Lunatic asylums Central Provinces reports 1895-1909 - 1895-1909
Year: 1895
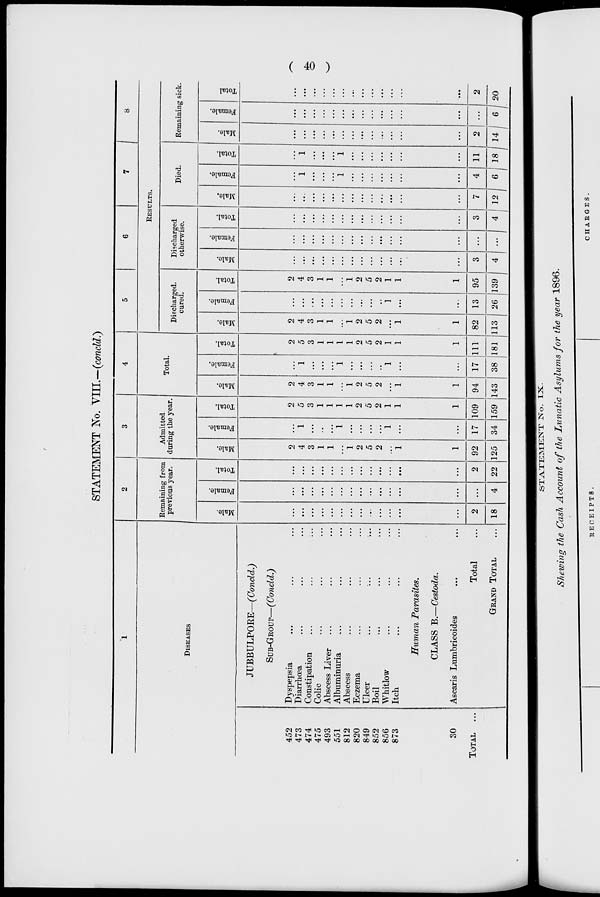
( 40 )
STATEMENT No. VIII.— (concld.)
1
DISEASES
452
473
474
475
493
551
812
820
849
852
856
873
30
TOTAL
...
JUBBULPORE—(Concld.)
SUB-GROUP—(Concld.)
Dyspepsia ... ... ...
Diarrhœa ... ... ...
Constipation
...
...
...
Colic ... ... ...
Abscess Liver ... ... ...
Albuminuria ... ... ...
Abscess ... ... ...
Eczema ... ... ...
Ulcer ... ...
Boil ... ... ...
Whitlow ... ... ...
Itch ... ... ...
Human
Parasites.
CLASS B.—Cestoda.
Ascaris Lumbricoides ... ...
Total ...
GRAND TOTAL ...
2
Remaining from
previous year.
Male.
...
...
...
...
...
...
...
...
...
...
...
...
...
...
2
18
Female.
...
...
...
...
...
...
...
...
...
...
...
...
...
...
...
4
Total.
...
...
...
...
...
...
...
...
...
...
...
...
...
...
2
22
3
Admitted
during the year.
Male.
2
4
3
1
1
...
1
2
5
2
...
1
...
1
92
125
Female.
...
1
...
...
...
1
...
...
...
...
1
...
...
...
17
34
Total.
2
5
3
1
1
1
1
2
5
2
1
1
...
1
109
159
4
Total.
Male.
2
4
3
1
1
...
1
2
5
2
...
1
...
1
94
143
Female.
...
1
...
...
...
1
...
...
...
...
1
...
...
...
17
38
Total.
2
5
3
1
1
1
1
2
5
2
1
1
...
1
111
181
5
6
7
8
RESULTS.
Discharged,
cured.
Male.
2
4
3
1
1
...
1
2
5
2
...
1
...
1
82
113
Female.
...
...
...
...
...
...
...
...
...
...
1
...
...
...
13
26
Total.
2
4
3
1
1
...
1
2
5
2
1
1
...
1
95
139
Discharged
otherwise.
Male.
...
...
...
...
...
...
...
...
...
...
...
...
...
...
3
4
Female.
...
...
...
...
...
...
...
...
...
...
...
...
...
...
...
...
Total.
...
...
...
...
...
...
...
...
...
...
...
...
...
...
3
4
Died.
Male.
...
...
...
...
...
...
...
...
...
...
...
...
...
...
7
12
Female.
...
1
...
...
...
1
...
...
...
...
...
...
...
...
4
6
Total.
...
1
...
...
...
1
...
...
...
...
...
...
...
...
11
18
Remaining sick.
Male.
...
...
...
...
...
...
...
...
...
...
...
...
...
...
2
14
Female.
...
...
...
...
...
...
...
...
...
...
...
...
...
...
...
6
Total
...
...
...
...
...
...
...
...
...
...
...
...
...
...
2
20